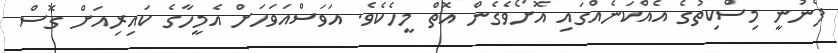
ފެނުނީ މިސްކިތުގެ އެއްކަނެއްގައި އޮށޯވެގެން އޮތް މީހެކެވެ. އަވަސްއަވަހަށް އެމީހާގެ ކައިރިއަށް ގޮސް